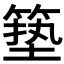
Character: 𮅣